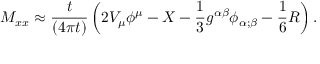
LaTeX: M _ { x x } \approx { \frac { t } { \left( 4 \pi t \right) } } \left( 2 V _ { \mu } \phi ^ { \mu } - X - { \frac { 1 } { 3 } } g ^ { \alpha \beta } \phi _ { \alpha ; \beta } - { \frac { 1 } { 6 } } R \right) .